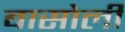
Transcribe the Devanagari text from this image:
बासोली